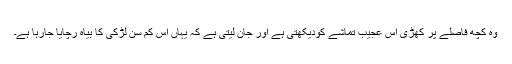
وہ کچھ فاصلے پر کھڑی اس عجیب تماشے کودیکھتی ہے اور جان لیتی ہے کہ یہاں اس کم سن لڑکی کا بیاہ رچایا جارہا ہے۔